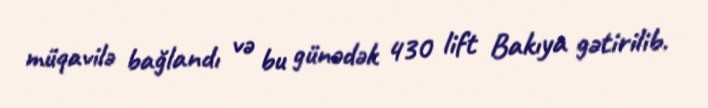
müqavilə bağlandı və bu günədək 430 lift Bakıya gətirilib.